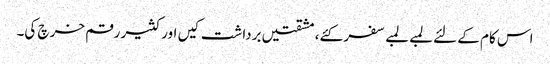
اس کام کے لئے لمبے لمبے سفر کئے، مشقتیں برداشت کیں اور کثیر رقم خرچ کی۔